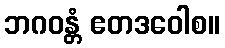
ဘဂဝန္တံ ဧတဒဝေါစ။